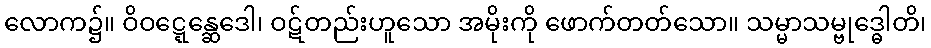
လောက၌။ ဝိဝဋ္ဋေန္ဆေဒေါ၊ ဝဋ်တည်းဟူသော အမိုးကို ဖောက်တတ်သော။ သမ္မာသမ္ဗုဒ္ဓေါတိ၊